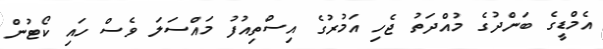
އެމްޑީގެ ބަންދުގެ މުއްދަތު ޖެހި އަމުރުގެ އިސްތިއުފު މައްސަލަ ވެސް ހައި ކޯޓުން